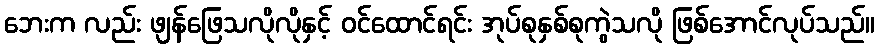
ဘေးက လည်း ဖျန်ဖြေသလိုလိုနှင့် ဝင်ထောင်ရင်း အုပ်စုနှစ်စုကွဲသလို ဖြစ်အောင်လုပ်သည်။